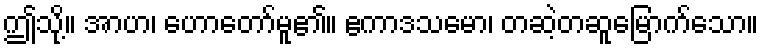
ဤသို့။ အာဟ၊ ဟောတော်မူ၏။ ဧကာဒသမော၊ တဆဲ့တဆူမြောက်သော။